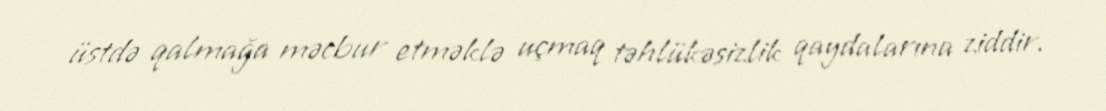
üstdə qalmağa məcbur etməklə uçmaq təhlükəsizlik qaydalarına ziddir.